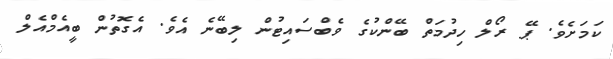
ކަމަށެވެ. ޕޭ ރޯލް ހިދުމަތް ބޭންކުގެ ވެބްސައިޓުން ލިބޭނެ އެވެ. އެގޮތުން ބީއެމްއެލް